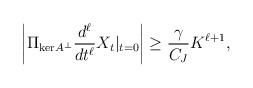
LaTeX: \begin{align*} \left|\Pi_{\mathrm{ker}A^\perp}\frac{d^\ell}{dt^\ell}X_t|_{t = 0}\right| \ge \frac{\gamma}{C_J}K^{\ell+1},\end{align*}